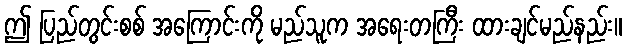
ဤ ပြည်တွင်းစစ် အကြောင်းကို မည်သူက အရေးတကြီး ထားချင်မည်နည်း။